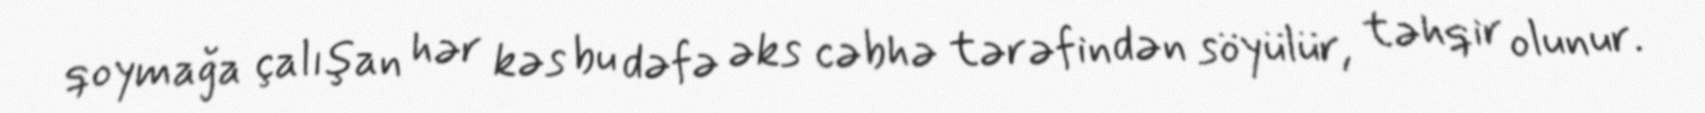
qoymağa çalışan hər kəs bu dəfə əks cəbhə tərəfindən söyülür, təhqir olunur.